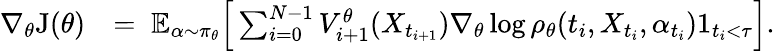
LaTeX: \begin{array}{rl}{\nabla_{\theta}\mathrm{J}(\theta)}&{=\; \mathbb{E}_{\alpha\sim\pi_{\theta}}\Big[\sum_{i=0}^{N-1}V_{i+1}^{\theta}(X_{t_{i+1}})\nabla_{\theta}\log\rho_{\theta}(t_{i},X_{t_{i}},\alpha_{t_{i}})1_{t_{i}<\tau}\Big].}\end{array}